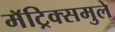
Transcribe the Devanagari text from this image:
मॅट्रिक्समुले